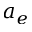
a _ { e }